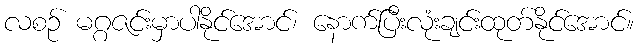
လစဉ် မဂ္ဂဇင်းမှာပါနိုင်အောင်၊ နောက်ပြီးလုံးချင်းထုတ်နိုင်အောင်။